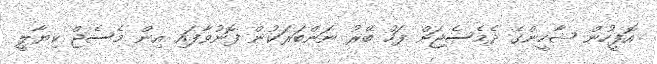
އޮފީހުން ޝާހީންގެ ދެމެސެޖަށް ފަހު ބޭރު ނަންބަރަކުން ފޮނުވާފައި އިން މެސެޖް ކިޔާލީ